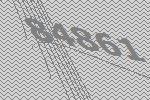
84861